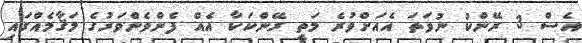
އެސް 3 ރޭންކު ނުވަތަ އެއަށްވުރެ މަތީ ރޭންކަކާ އެއް ފެންވެންވަރުގެ މަޤާމެއްގައި